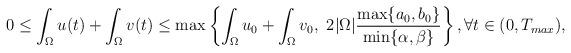
LaTeX: \begin{align*}0\leq \int_{\Omega}u(t)+\int_{\Omega}v(t) \leq \max \left\{ \int_{\Omega}u_0+\int_{\Omega}v_0, \,\,2|\Omega|\frac{\max\{a_0,b_0\}}{\min\{\alpha,\beta\}} \right\},\forall t \in (0, T_{max}),\end{align*}